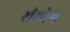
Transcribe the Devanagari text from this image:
संथोम